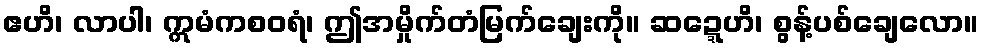
ဧဟိ၊ လာပါ၊ ဣမံကစဝရံ၊ ဤအမှိုက်တံမြက်ချေးကို။ ဆဍ္ဍေဟိ၊ စွန့်ပစ်ချေလော။